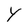
Character: Y